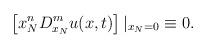
LaTeX: \begin{align*}\left[ x_{N}^{n}D_{x_{N}}^{m}u(x,t)\right] |_{x_{N}=0}\equiv0. \end{align*}